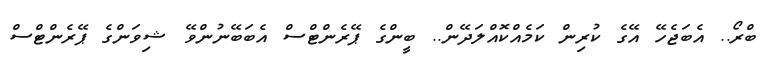
ބްރޯ.. އެބަޖެހޭ އޭގެ ކުރިން ކަމެއްކޮއްލަދޭން.. ބީންގެ ޕޭރެންޓްސް އެބަބޭނުންވޭ ޝިވަންގެ ޕޭރެންޓްސް